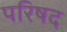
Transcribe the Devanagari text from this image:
परिषद